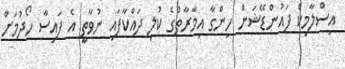
އިސްލާމިކް ފައުންޑޭޝަން ހިންގާ އިމާރާތުގެ ކުލި ދައްކާފައި ނުވާތީ އެ ފައިސާ ހޯދުމަށް